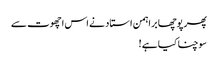
پھر پوچھا براہمن استاد نے اس اچھوت سے
سوچنا کیا ہے !